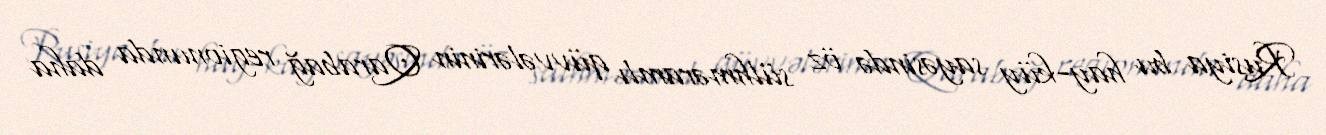
Rusiya bu hay-küy sayəsində öz sülhməramlı qüvvələrinin Qarabağ regionunda daha